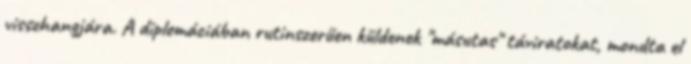
visszhangjára. A diplomáciában rutinszerűen küldenek "másutas" táviratokat, mondta el